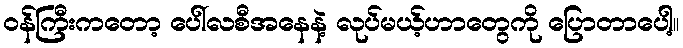
ဝန်ကြီးကတော့ ပေါ်လစီအနေနဲ့ လုပ်မယ့်ဟာတွေကို ပြောတာပေါ့။